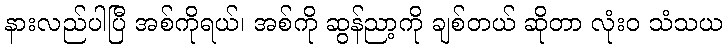
နားလည်ပါပြီ အစ်ကိုရယ်၊ အစ်ကို ဆွန်ညာ့ကို ချစ်တယ် ဆိုတာ လုံးဝ သံသယ